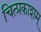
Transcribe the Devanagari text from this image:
चित्प्रकाशम्‌